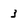
Character: 3